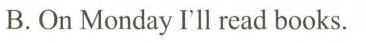
B.On Monday I'll read books.